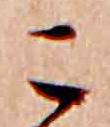
こ